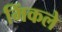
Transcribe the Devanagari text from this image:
मिंकले